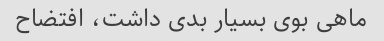
ماهی بوی بسیار بدی داشت، افتضاح